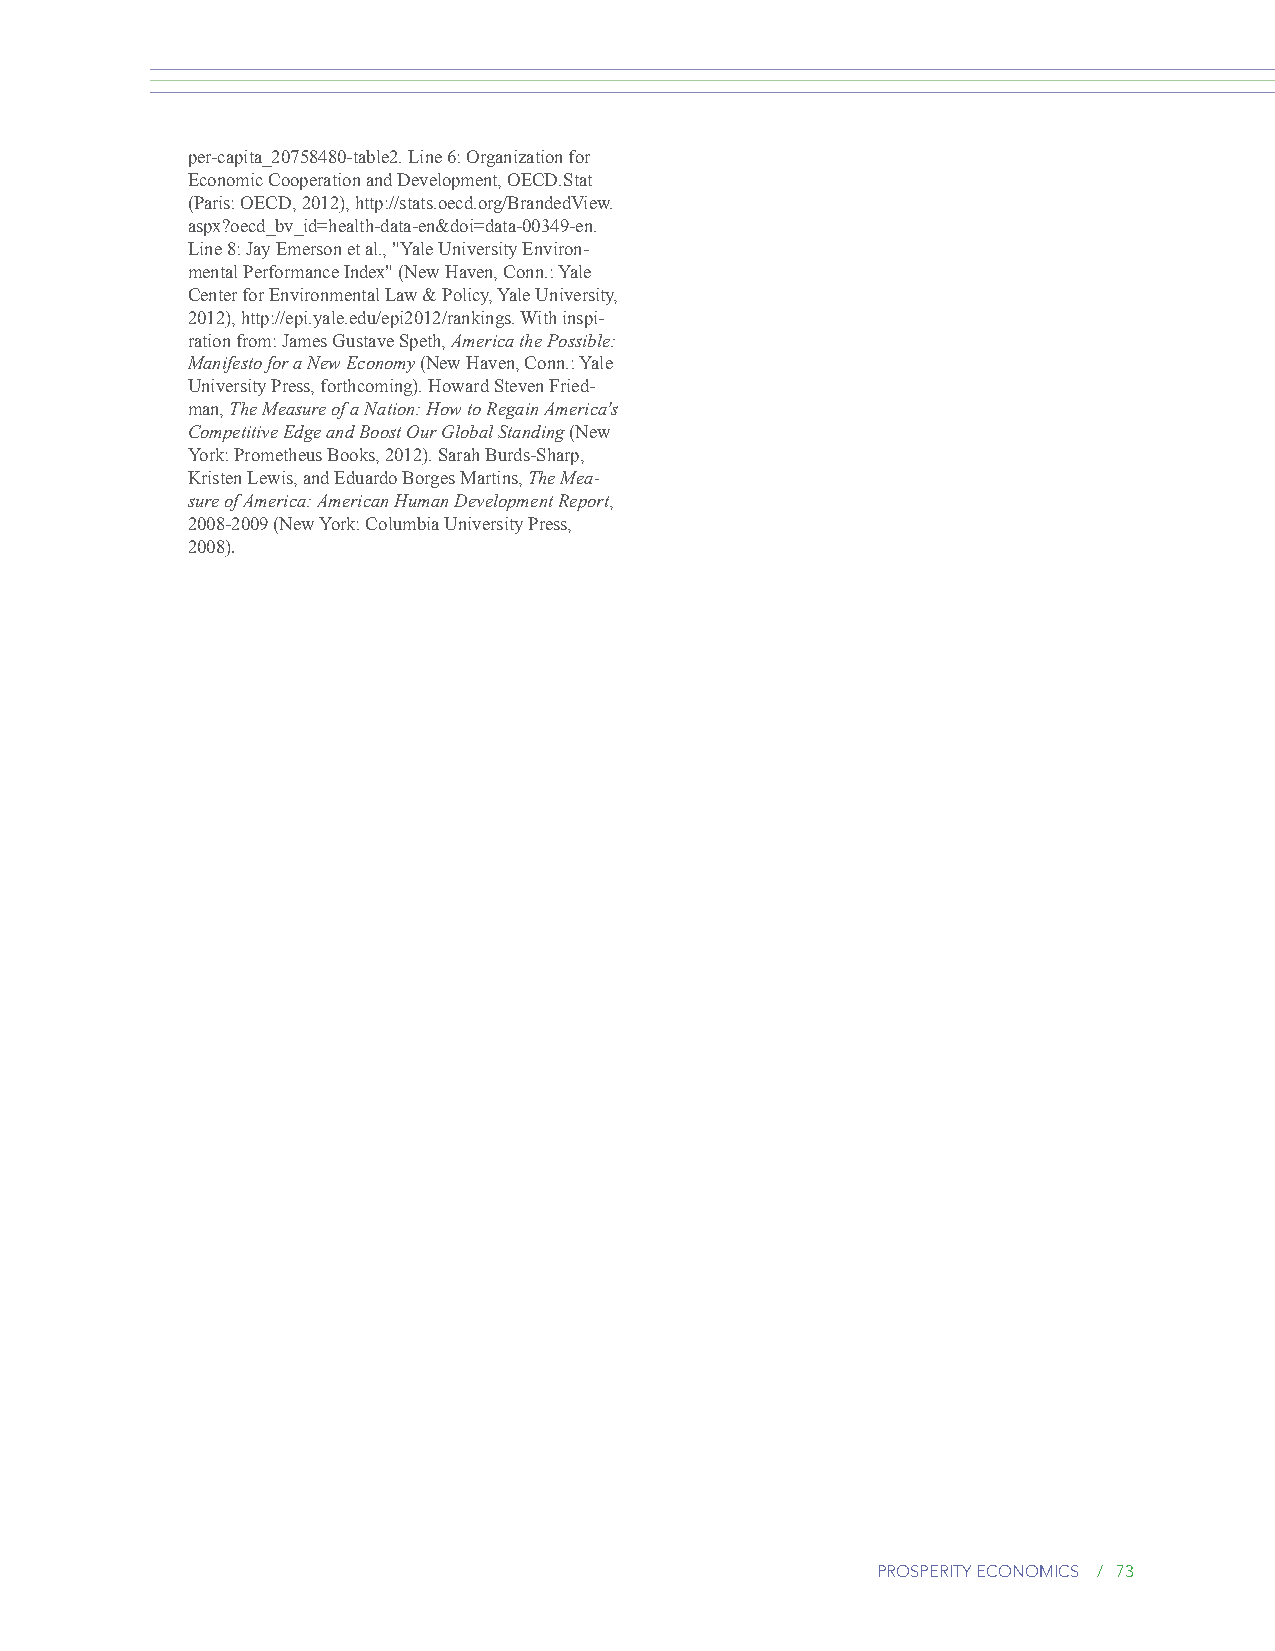
per-capita_20758480-table2. Line 6: Organization for
 Economic Cooperation and Development, OECD.Stat
 (Paris: OECD, 2012), http://stats.oecd.org/BrandedView.
 aspx?oecd_bv_id=health-data-en&doi=data-00349-en.
 Line 8: Jay Emerson et al., "Yale University Environ-
 mental Performance Index" (New Haven, Conn.: Yale
 Center for Environmental Law & Policy, Yale University,
 2012), http://epi.yale.edu/epi2012/rankings. With inspi-
 ration from: James Gustave Speth, America the Possible:
 Manifesto for a New Economy (New Haven, Conn.: Yale
 University Press, forthcoming). Howard Steven Fried-
 man, The Measure of a Nation: How to Regain America's
 Competitive Edge and Boost Our Global Standing (New
 York: Prometheus Books, 2012). Sarah Burds-Sharp,
 Kristen Lewis, and Eduardo Borges Martins, The Mea-
 sure of America: American Human Development Report,
 2008-2009 (New York: Columbia University Press,
 2008).
 prosperity economics / 73